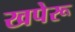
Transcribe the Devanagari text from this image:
खपेरू